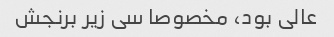
عالی بود، مخصوصا سی زیر برنجش